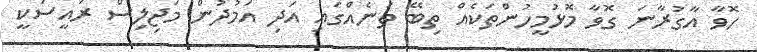
ހޮވާ އާގުރާނަ ގޮވާ މޮޅުމީހުންތަކެއް ތިބޭ ތަނެއްގައި އަދި އަމުދުން މަޖިލިސް ރައީސަކީ